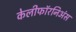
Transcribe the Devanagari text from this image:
केलीफॉरनिअंस